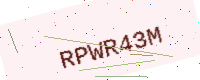
Text: RPWR43M